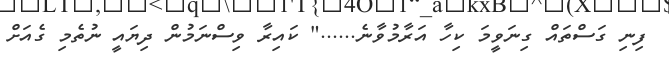
ފިނި ގަސްތައް ގިނަވީމަ ކިހާ އަރާމުވާނެ......" ކައިރާ ވިސްނަމުން ދިޔައީ ނުތެމި ގެއަށް